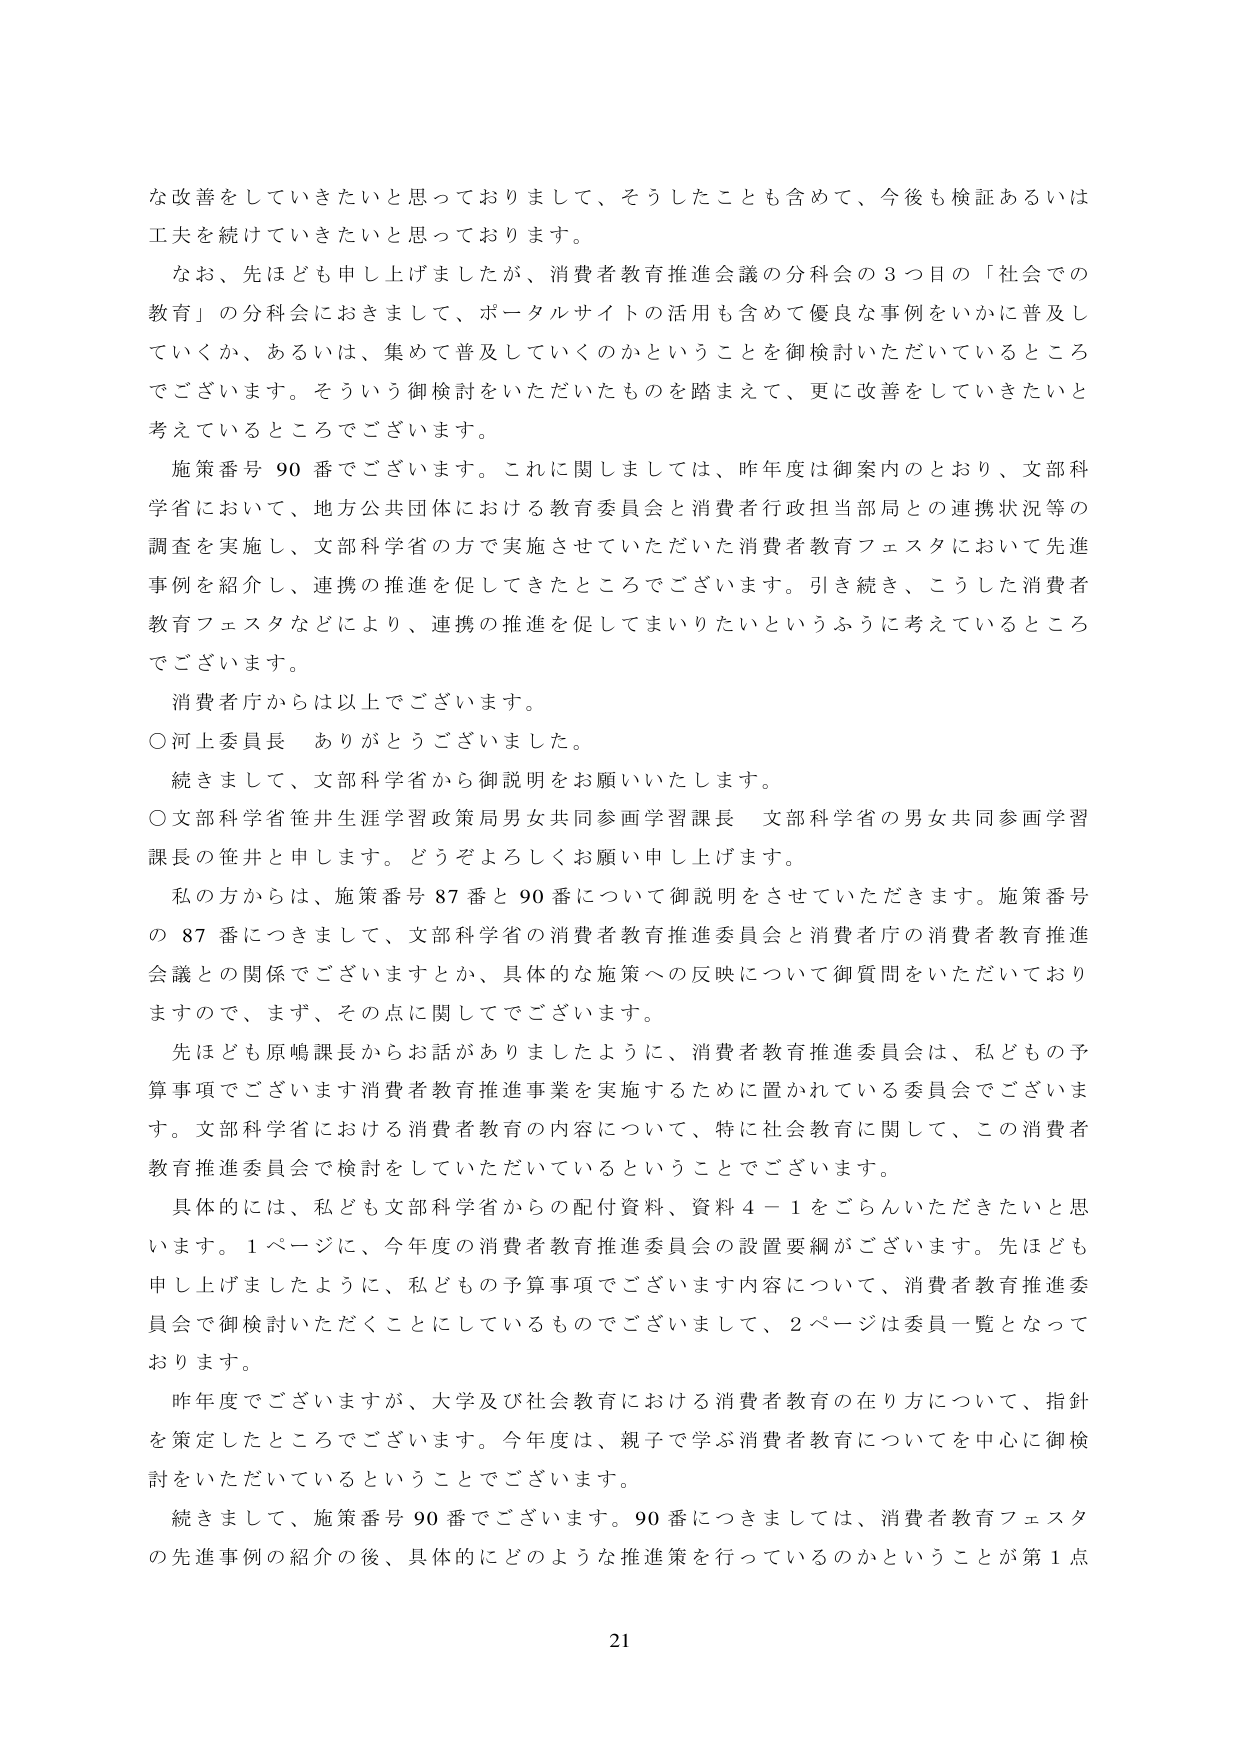
な改善をしていきたいと思っておりまして、そうしたことも含めて、今後も検証あるいは工夫を続けていきたいと思っております。

なお、先ほども申し上げましたが、消費者教育推進会議の分科会の３つ目の「社会での教育」の分科会におきまして、ポータルサイトの活用も含めて優良な事例をいかに普及していくか、あるいは、集めて普及していくのかということを御検討いただいているところでございます。そういう御検討をいただいたものを踏まえて、更に改善をしていきたいと考えているところでございます。

施策番号９０番でございます。これに関しましては、昨年度は御案内のとおり、文部科学省において、地方公共団体における教育委員会と消費者行政担当部局との連携状況等の調査を実施し、文部科学省の方で実施させていただいた消費者教育フェスタにおいて先進事例を紹介し、連携の推進を促してきたところでございます。引き続き、こうした消費者教育フェスタなどにより、連携の推進を促してまいりたいというふうに考えているところでございます。

消費者庁からは以上でございます。

○河上委員長　ありがとうございました。

続きまして、文部科学省から御説明をお願いいたします。

○文部科学省笹井生涯学習政策局男女共同参画学習課長　文部科学省の男女共同参画学習課長の笹井と申します。どうぞよろしくお願い申し上げます。

私の方からは、施策番号８７番と９０番について御説明をさせていただきます。施策番号の８７番につきまして、文部科学省の消費者教育推進委員会と消費者庁の消費者教育推進会議との関係でございますとか、具体的な施策への反映について御質問をいただいておりますので、まず、その点に関してでございます。

先ほども原嶋課長からお話がありましたように、消費者教育推進委員会は、私どもの予算事項でございます消費者教育推進事業を実施するために置かれている委員会でございます。文部科学省における消費者教育の内容について、特に社会教育に関して、この消費者教育推進委員会で検討をしていただいているということでございます。

具体的には、私ども文部科学省からの配付資料、資料４－１をごらんいただきたいと思います。１ページに、今年度の消費者教育推進委員会の設置要綱がございます。先ほども申し上げましたように、私どもの予算事項でございます内容について、消費者教育推進委員会で御検討いただくことにしているものでございまして、２ページは委員一覧となっております。

昨年度でございますが、大学及び社会教育における消費者教育の在り方について、指針を策定したところでございます。今年度は、親子で学ぶ消費者教育についてを中心に御検討をいただいているということでございます。

続きまして、施策番号９０番でございます。９０番につきましては、消費者教育フェスタの先進事例の紹介の後、具体的にどのような推進策を行っているのかということが第１点

21